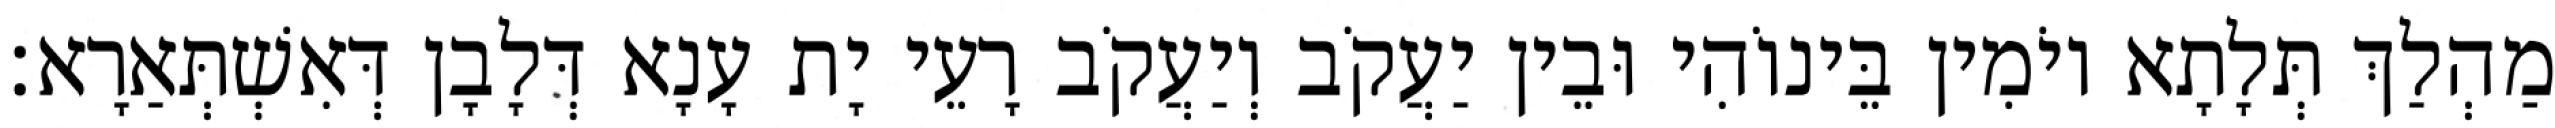
מַהְלַךְ תְּלָתָא יוֹמִין בֵּינוֹהִי וּבֵין יַעֲקֹב וְיַעֲקֹב רָעֵי יָת עָנָא דְּלָבָן דְּאִשְׁתְּאַרָא׃